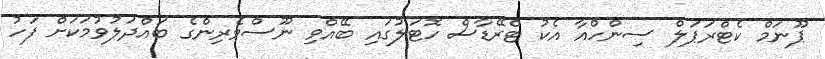
ޕޫނަމް ކެޓްރަޕަލް ސިންހްއާ އެކު ޓްރޭޑާސް ހޮޓަލުގައި ބޭއްވި ނޫސްވެރިންގެ ބައްދަލުވުމަކަށް ފަހު